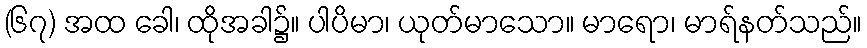
(၆၇) အထ ခေါ၊ ထိုအခါ၌။ ပါပိမာ၊ ယုတ်မာသော။ မာရော၊ မာရ်နတ်သည်။